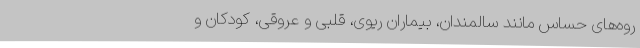
روه‌های حساس مانند سالمندان، بیماران ریوی، قلبی و عروقی، کودکان و